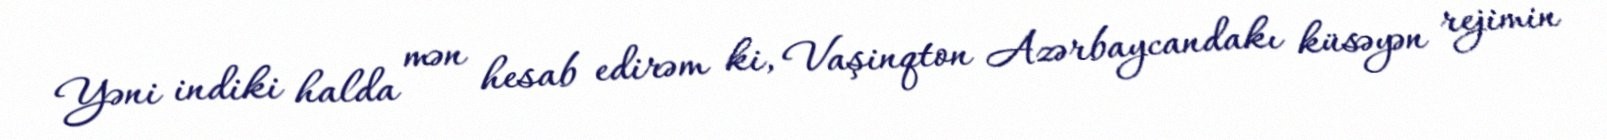
Yəni indiki halda mən hesab edirəm ki, Vaşinqton Azərbaycandakı küsəyən rejimin